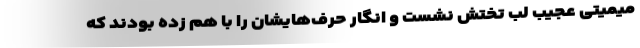
میمیتی عجیب لب تختش نشست و انگار حرف‌هایشان را با هم زده بودند که